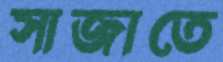
সাজাতে